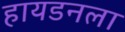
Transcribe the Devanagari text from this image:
हायडनला